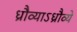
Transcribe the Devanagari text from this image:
ध्रौव्याऽध्रौव्ये